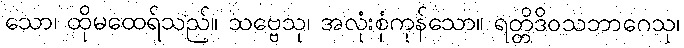
သော၊ ထိုမထေရ်သည်။ သဗ္ဗေသု၊ အလုံးစုံကုန်သော။ ရတ္တိဒိဝသဘာဂေသု၊